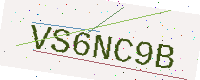
Text: VS6NC9B